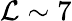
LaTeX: \mathcal{L}\sim7